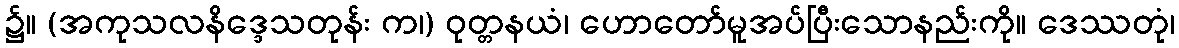
၌။ (အကုသလနိဒ္ဒေသတုန်း က၊) ဝုတ္တနယံ၊ ဟောတော်မူအပ်ပြီးသောနည်းကို။ ဒေဿတုံ၊